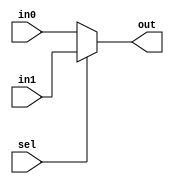
// Release date : 2016.06.19
// File         : Mux2 
// Project      : None
// For          : DICS summer Camp 2016
// Creator(s)   : Yang, Yu-Xiang (M10412034@yuntech.edu.tw)
// 
//
//
//  Description: 
//   parameter 2 to 1 Mux code 

module Mux2 #(parameter WIDTH = 32)(
    input  sel,
    input  [(WIDTH-1):0] in0, in1,
    output [(WIDTH-1):0] out
    );

    assign out = (sel) ? in1 : in0;

endmodule